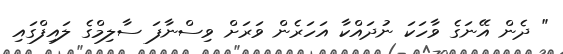
" ދެން އޭނަގެ ވާހަކަ ނުދައްކާ އަހަރެން ވަރަށް ވިސްނާފަ ސާލިމްގެ ލައިފްގައި